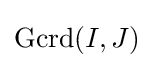
\operatorname {Gcrd} (I,J)